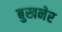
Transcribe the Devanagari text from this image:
बुखनेर